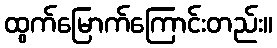
ထွက်မြောက်ကြောင်းတည်း။